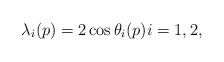
LaTeX: \begin{align*}\lambda_i(p)=2\cos\theta_i(p) i=1,2,\end{align*}